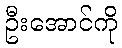
ဦးအောင်ကို